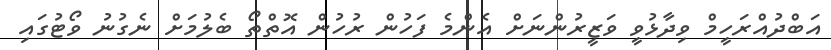
އަބްދުއްރަހީމް ވިދާޅުވީ ވަޒީރުންނަށް އެންމެ ފަހުން ރުހުން އޮތްތޯ ބެލުމަށް ނެގުނު ވޯޓުގައި